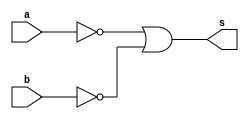
// -------------------------
// Exemplo0009 - nand de morgan
// Nome: TIAGO MATTA MACHADO ZAIDAN
// -------------------------
// -------------------------
// -- nand gate
// -------------------------
module nandgate ( output s,
input a, b);
assign s = (~a | ~b);
endmodule // nandgate
// ---------------------
// -- test nand gate
// ---------------------
module testnandgate;
// ------------------------- dados locais
reg a, b; // definir registradores
wire s; // definir conexao (fio)
// ------------------------- instancia
nandgate NAND1 (s, a, b);
// ------------------------- preparacao
initial begin:start
// atribuicao simultanea
// dos valores iniciais
a=0; b=0;
end
// ------------------------- parte principal
initial begin
$display("Exemplo0009 - TIAGO MATTA MACHADO ZAIDAN - 451620");
$display("Test NAND gate de morgan");
$display("\n~a | ~b = s\n");
a=0; b=0;
//execuo permanente
$monitor("~%b | ~%b = %b", a, b, s);
#1 a=0; b=1;
#1 a=1; b=0;
#1 a=1; b=1;
end
endmodule // testnandgate